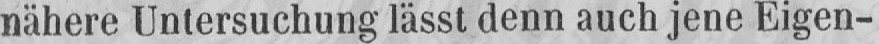
nähere Untersuchung lässt denn auch jene Eigen-